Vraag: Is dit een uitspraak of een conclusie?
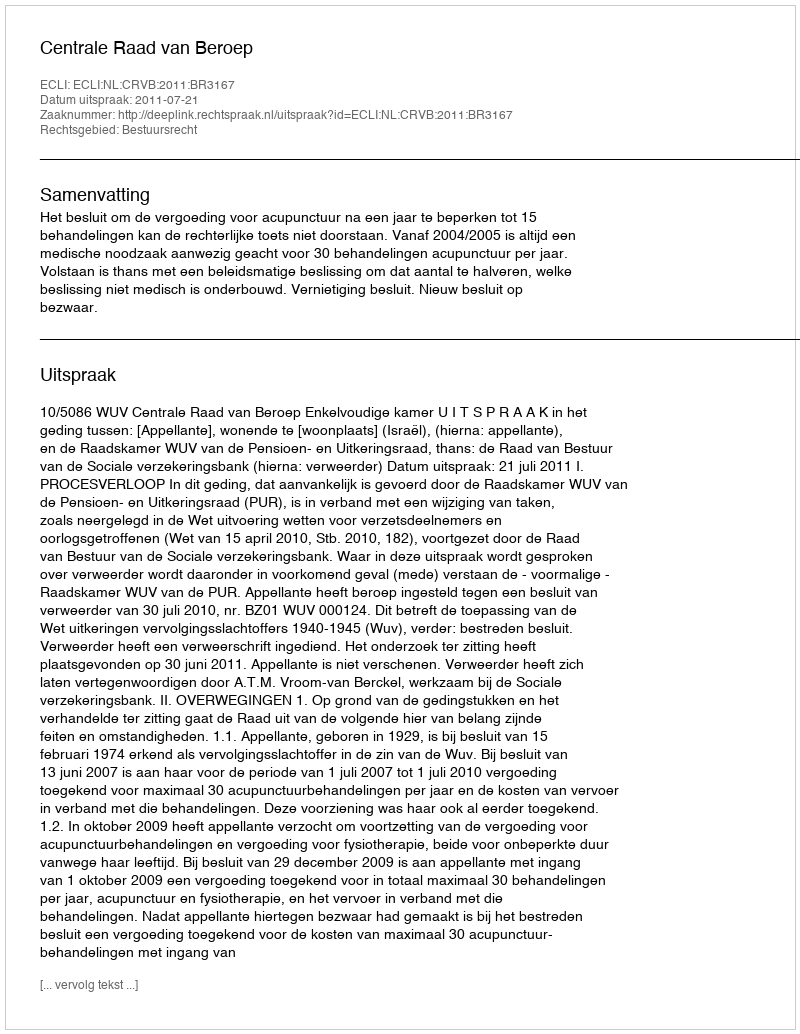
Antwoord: Uitspraak